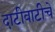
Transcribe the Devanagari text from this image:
दाटीवाटीचे